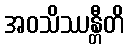
အဝသိဿန္တီတိ